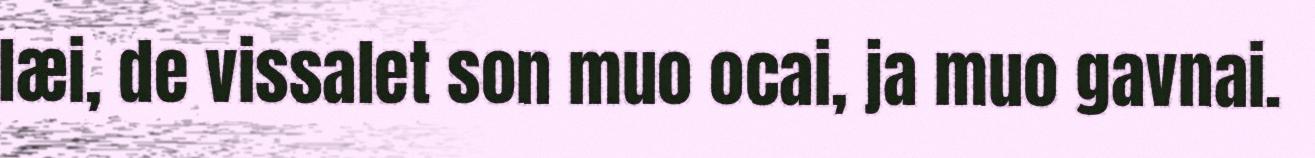
læi, de vissalet son muo ocai, ja muo gavnai.